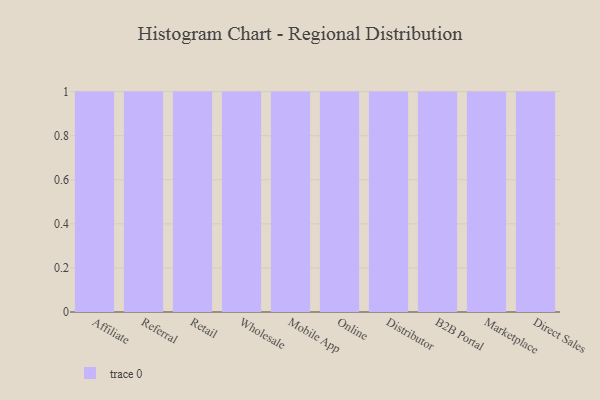
{"axis": {"x": "Channel", "y": "LTV (USD)"}, "legend": [""], "data": [{"x": "Affiliate", "y": 54, "type": ""}, {"x": "Referral", "y": 98, "type": ""}, {"x": "Retail", "y": 78, "type": ""}, {"x": "Wholesale", "y": 95, "type": ""}, {"x": "Mobile App", "y": 82, "type": ""}, {"x": "Online", "y": 86, "type": ""}, {"x": "Distributor", "y": 20, "type": ""}, {"x": "B2B Portal", "y": 80, "type": ""}, {"x": "Marketplace", "y": 81, "type": ""}, {"x": "Direct Sales", "y": 8, "type": ""}]}